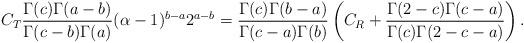
LaTeX: \begin{align*}C_T \frac{\Gamma(c) \Gamma(a-b)}{\Gamma(c-b) \Gamma(a)}(\alpha-1)^{b-a} 2^{a-b} = \frac{\Gamma(c) \Gamma(b-a)}{\Gamma(c-a)\Gamma(b)} \left( C_R + \frac{\Gamma(2-c)\Gamma(c-a)}{\Gamma(c)\Gamma(2-c-a)} \right).\end{align*}